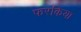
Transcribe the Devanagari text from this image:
फरकिया